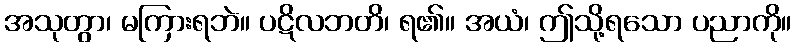
အသုတွာ၊ မကြားရဘဲ။ ပဋိလဘတိ၊ ရ၏။ အယံ၊ ဤသို့ရသော ပညာကို။